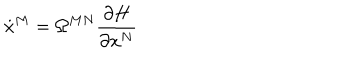
\dot { x } ^ { M } = \Omega ^ { M N } \frac { \partial H } { \partial x ^ { N } }